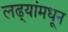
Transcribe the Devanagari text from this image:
लढ्यांमधून